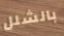
بالشلل